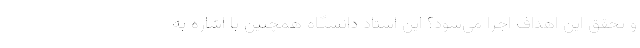
و تحقق این اهداف اجرا می‌شود؟ این استاد دانشگاه همچنین با اشاره به